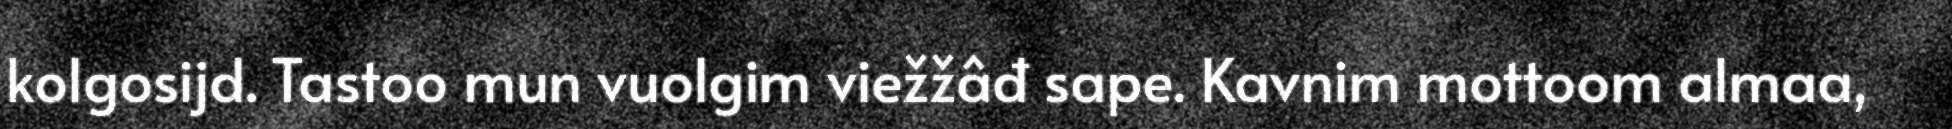
kolgosijd. Tastoo mun vuolgim viežžâđ sape. Kavnim mottoom almaa,